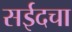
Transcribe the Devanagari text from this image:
सईदचा